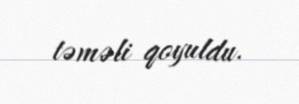
təməli qoyuldu.